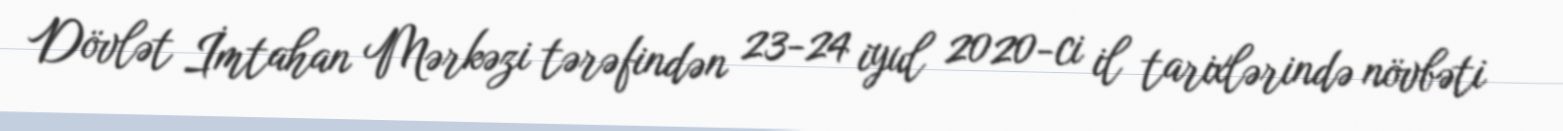
Dövlət İmtahan Mərkəzi tərəfindən 23-24 iyul 2020-ci il tarixlərində növbəti